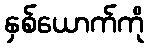
နှစ်ယောက်ကို